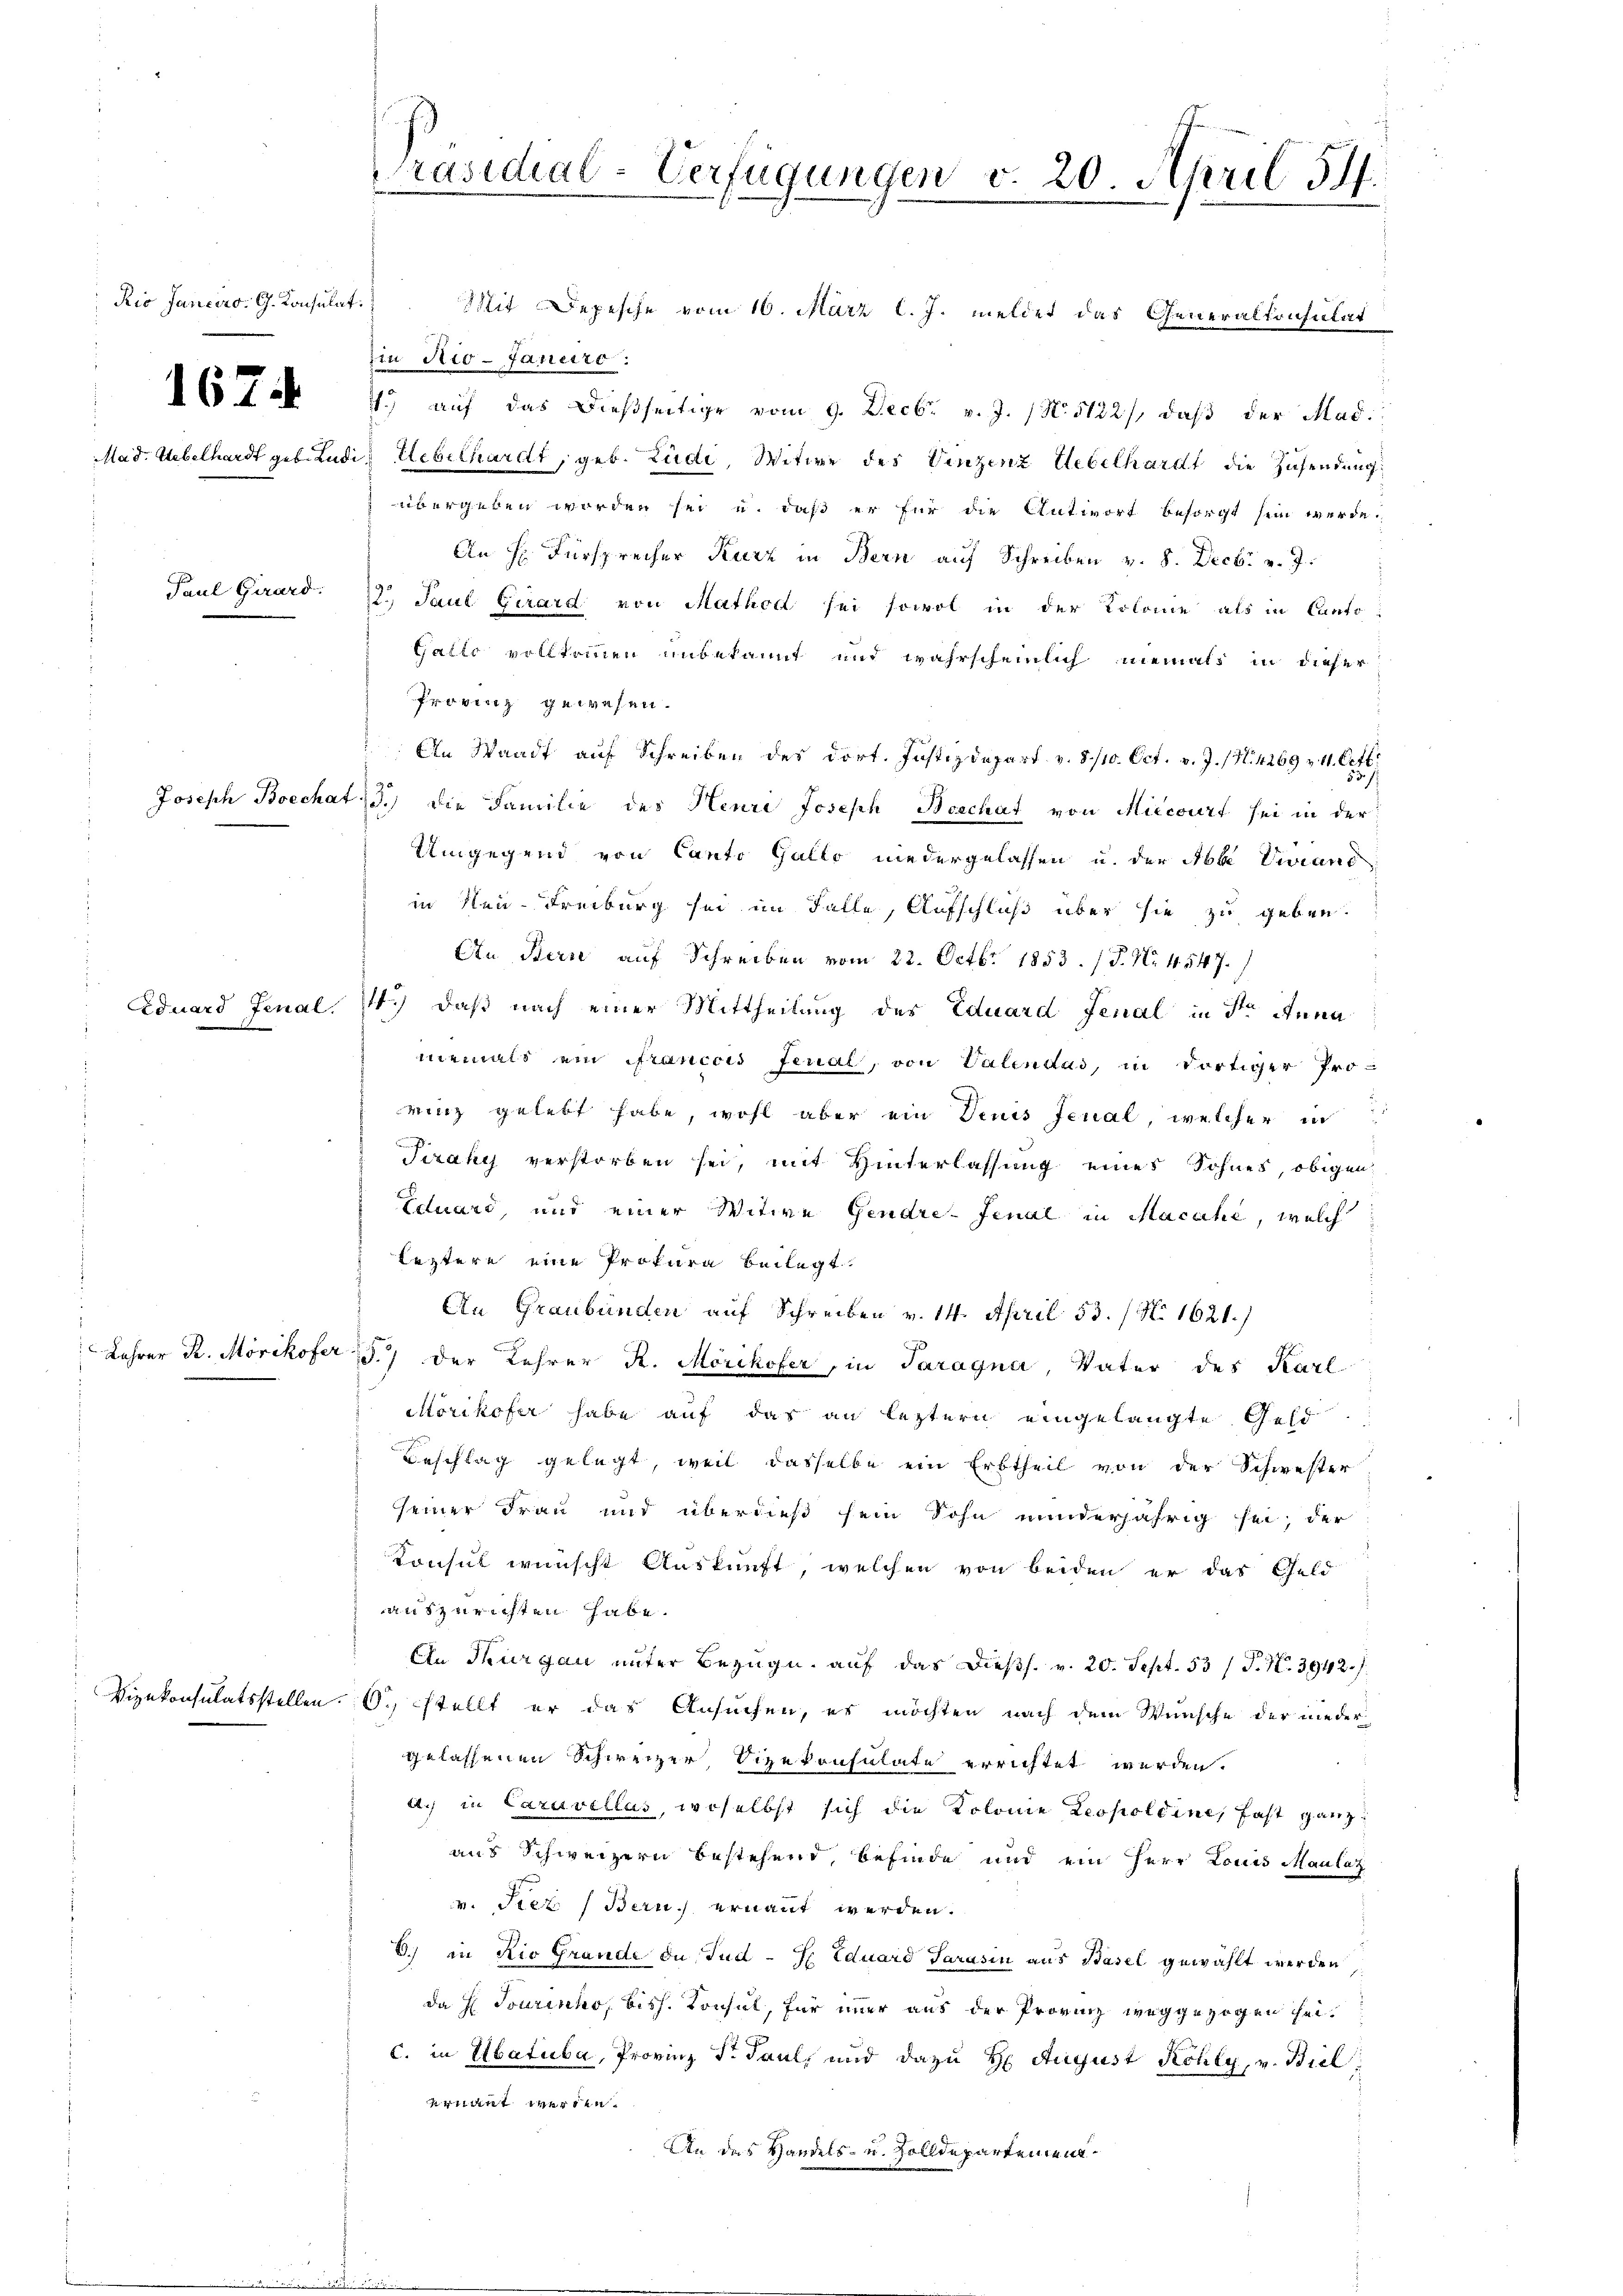
Rio Handers. G. Konsulat
Paul Girard.

Lahrer R. Mörikofer 5)

Mit Depesche vom 16. März l. J. meldet das Generalkonstat
in Rio-Janeiro.
6 Z. 4. auf das dießseitige vom 9. Decbr. v. J. 1 No 5122), daß der Mad.
Mad. Uebelhardt geb. Ludis Uebelhardt, geb. Ludi, Witwe des Vinzenz Uebelhardt die Zusendung
übergeben worden sei u. daß er für die Antwort besorgt sein werde.
An H. Fürsprecher Kurz in Bern auf Schreiben v. 8. Decbr v. J.
2., Paul Girard von Matholl sei sowol in der Kolonie als in Canto¬
Gallo vollkommen unbekannt und wahrscheinlich niemals in dieser
Pragen gewesen
An Waadt auf Schreiben des dort. Justizdepart v. 8/10. Oct. v. J. (N. 4269 v. 11. Octbr
Joseph Boechat d.) die Familie des Neure Joseph Beschat von Miecourt sei in der
Umgegend von Canto Gallo niedergelassen u. der Abbe Viiano
in Neu-Freiburg sei im Falle, Aufschluß über sie zu geben.
An Berne auf Schreiben vom 22. Octbr. 1853. / P. Nr. 4547.
Eduard Fenal. 1.) daß nach einer Mittheilung des Eduard Fenal in der Anna
niemals ein Francois Ferial, von Valendas, in dortiger Proricz gelebt habe, wohl aber ein Deuis Fenal, welcher in
Tiraky verstorben sei, mit Hinterlassung eines Sohnes, obigen
Eduard, und einer Witwe Gendre- Jenal in Macahe, welch
leztere eine Prokura beilegt.
An Graubünden auf Schreiben v. 14. April 53. / No 1621.)
der Lehrer R. Morikofer, in Paragna, Vater des Karl
Mörikofer habe auf das an leztern eingelangte Gesc
Beschlag gelegt, weil dasselbe ein Erbtheil von der Schwester
seiner Frau und überdieß sein Sohn minderjährig sei, der
Konsul wünscht Auskunft, welchen von beiden er das Geld
auszurichten habe.
An Thurgau unter Bezug auf das Diess. v. 20. Sept. 53 / P. N. 3942./.
Vizekonsulatsstellen. O. stellt er das Ansuchen, er möchten nach dem Wunsche der nieder-
gelassenen Schweizer, Vizekonsulate errichtet werden.
a.) in Caravellos, woselbst sich die Kolonie Leopoldine, fast ganz
aus Schweizern bestehend, befinde und ein Herr Louis Maulaz
v. Peez (Bern, ernannt werden.
6.) in Rio Grande du Jud -J Eduard Sarasin aus Basel gewählt werden,
da H. Tourischo, bish. Konsul, für immer aus der Provinz weggezogen sei.
c. in Ubatuba, Provinz Dr Paul, und dazu H August Kohly, v. Biel
venant werden.
An das Handels- u. Zolldepartement¬

Präsidial-Verfügungen v. 20. April 54.
.